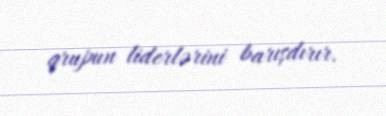
qrupun liderlərini barışdırır.